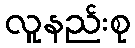
လူနည်းစု